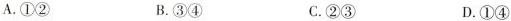
A.①② B.③④ C.②③ D.①④